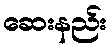
ဆေးနည်း